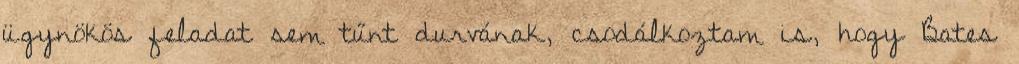
ügynökös feladat sem tűnt durvának, csodálkoztam is, hogy Bates